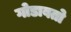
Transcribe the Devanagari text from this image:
गोडावतो